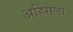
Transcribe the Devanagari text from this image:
अहिंसेला